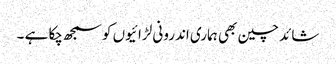
شائد چین بھی ہماری اندرونی لڑائیوں کو سمجھ چکا ہے ۔